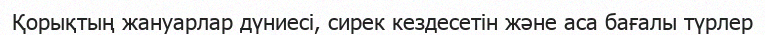
Қорықтың жануарлар дүниесі, сирек кездесетін және аса бағалы түрлер